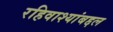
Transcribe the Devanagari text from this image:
रहिवाश्यांबद्दल